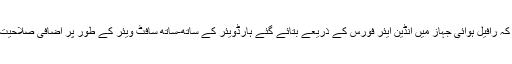
بتا دیں کہ ہندوستان کے لئے موافق 13 خصوصیات کا مطلب ہے کہ رافیل ہوائی جہاز میں انڈین ایئر فورس کے ذریعے بتائے گئے ہارڈویئر کے ساتھ-ساتھ سافٹ ویئر کے طور پر اضافی صلاحیت کی ترقی کی جائے‌گی، جو کہ ہندوستان کے لحاظ سے بہتر ہوگا۔